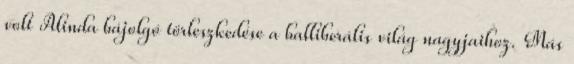
volt Alinda bájolgó törleszkedése a balliberális világ nagyjaihoz. Más